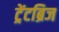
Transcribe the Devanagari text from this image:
ट्रेंटब्रिज